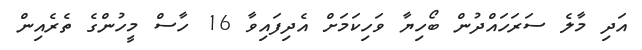
އަދި މާލެ ސަރަހައްދުން ބޯހިޔާ ވަހިކަމަށް އެދިފައިވާ 16 ހާސް މީހުންގެ ތެރެއިން